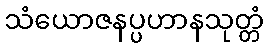
သံယောဇနပ္ပဟာနသုတ္တံ